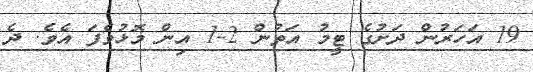
19 އަހަރުން ދަށުގެ ޓީމު އަތުން 2-1 އިން މޮޅުވެފަ އެވެ. ދެ